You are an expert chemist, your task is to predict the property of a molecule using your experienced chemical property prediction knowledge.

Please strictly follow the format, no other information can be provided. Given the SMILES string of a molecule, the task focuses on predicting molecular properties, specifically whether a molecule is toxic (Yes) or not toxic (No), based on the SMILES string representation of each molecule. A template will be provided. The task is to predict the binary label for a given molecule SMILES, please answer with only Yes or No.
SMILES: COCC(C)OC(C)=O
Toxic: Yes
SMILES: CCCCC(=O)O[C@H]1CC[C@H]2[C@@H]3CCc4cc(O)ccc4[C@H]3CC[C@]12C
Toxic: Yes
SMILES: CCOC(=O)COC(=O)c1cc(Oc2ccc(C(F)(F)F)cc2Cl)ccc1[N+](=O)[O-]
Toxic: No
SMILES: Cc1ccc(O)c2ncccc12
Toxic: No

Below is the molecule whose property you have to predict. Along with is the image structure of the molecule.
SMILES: N=C(N)NS(=O)(=O)c1ccc(N)cc1
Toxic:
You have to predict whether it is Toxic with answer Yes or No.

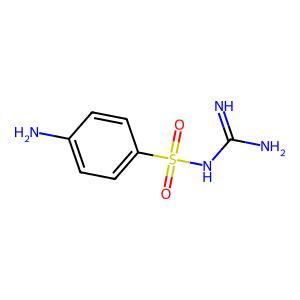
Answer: No